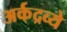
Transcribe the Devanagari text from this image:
अर्कद्रव्ये